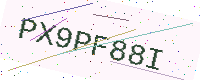
Text: PX9PF88I